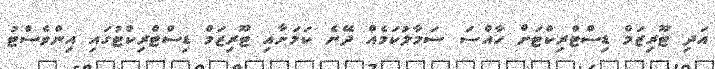
އަދި ޓޫރިޒަމް ޑިސްޓްރިކްޓަށް ހާއްސަ ސަމާލުކަމެއް ދޭނެ ކަމަށާއި ޓޫރިޒަމް ޑިސްޓްރިކްޓުގައި އިންވެސްޓު